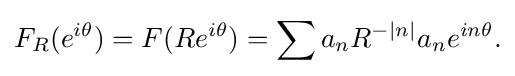
\displaystyle {F_{R}(e^{i\theta })=F(Re^{i\theta })=\sum a_{n}R^{-|n|}a_{n}e^{in\theta }.}